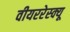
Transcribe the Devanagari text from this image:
वीयररेस्क्यू